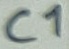
Text: C1